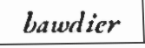
bawdier